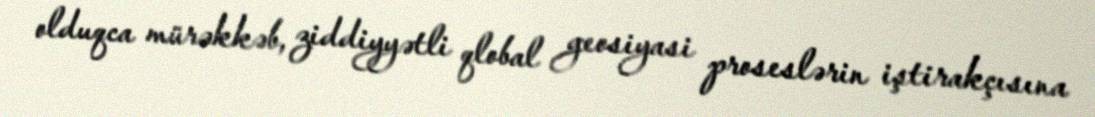
olduqca mürəkkəb, ziddiyyətli qlobal geosiyasi proseslərin iştirakçısına